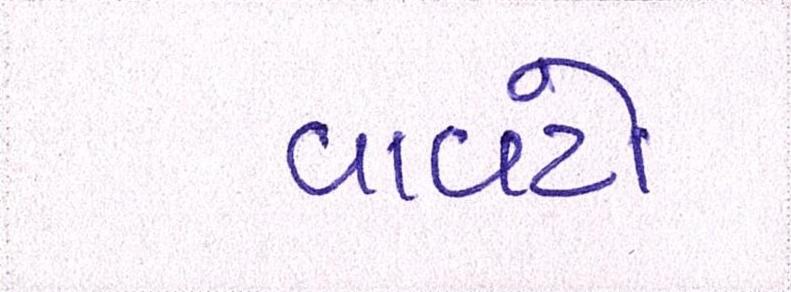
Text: વાવટો